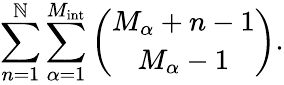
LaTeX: \sum_{n=1}^{\mathbb{N}}\sum_{\alpha=1}^{M_{\mathrm{{int}}}}{\binom{M_{\alpha}+n-1}{M_{\alpha}-1}}.